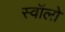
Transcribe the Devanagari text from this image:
स्वॉलो